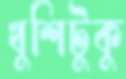
খুশিটুকু